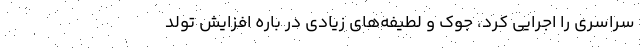
سراسری را اجرایی کرد، جوک‌ و لطیفه‌های زیادی در باره افزایش تولد